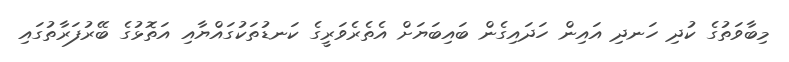
މިބާވަތުގެ ކުދި ހަނދި އައިން ހަދައިގެން ބައިބަޔަށް އެތެރެވަރީގެ ކަނޑުތަކުގައްޔާއި އަތޮޅުގެ ބޭރުފަރާތުގައި